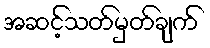
အဆင့်သတ်မှတ်ချက်